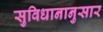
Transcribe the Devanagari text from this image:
सुविधानानुसार